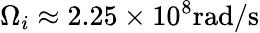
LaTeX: \Omega_{i}\approx 2.25\times 10^{8}\mathrm{rad/s}